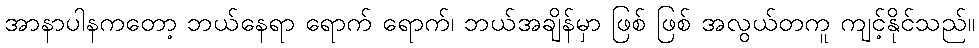
အာနာပါနကတော့ ဘယ်နေရာ ရောက် ရောက်၊ ဘယ်အချိန်မှာ ဖြစ် ဖြစ် အလွယ်တကူ ကျင့်နိုင်သည်။